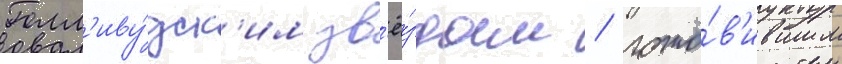
Голл'иву́дск'им зв'ё́здам / гото́в'ившим